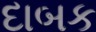
દાબક